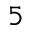
5